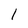
Character: 1